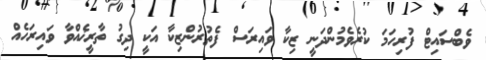
ވެބްސައިޓް ފުރިހަމަ ކުރެވެމުންދަނީ ޒިކާ ވައިރަސް ފެތުރުންޒިކާ އަކީ ދިގު ތާރީޚެއްވާ ވައިރަހެއް